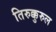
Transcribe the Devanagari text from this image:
तिरुक्कुरुल